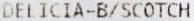
DELICIA-B/SCOTCH